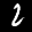
Digit: 2